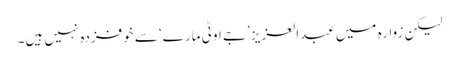
لیکن زوارہ میں عبدالعزیز ’جے او ٹی مارے‘ سے خوفزدہ نہیں ہیں۔